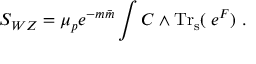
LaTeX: S _ { W Z } = { \mu _ { p } e ^ { - m { \bar { m } } } } \int { \cal C } \wedge \mathrm { T r _ { s } } ( \; e ^ { { \cal F } } ) \ .